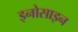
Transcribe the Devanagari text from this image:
इनोसाइन